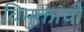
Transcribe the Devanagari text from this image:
विमुक्तांची